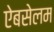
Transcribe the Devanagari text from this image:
ऐबसेलम